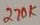
Text: 270K